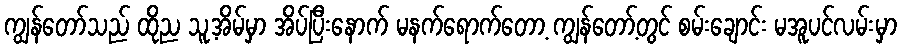
ကျွန်တော်သည် ထိုည သူ့အိမ်မှာ အိပ်ပြီးနောက် မနက်ရောက်တော့ ကျွန်တော့်တွင် စမ်းချောင်း မအူပင်လမ်းမှာ